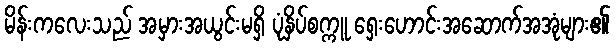
မိန်းကလေးသည် အမှားအယွင်းမရှိ ပုံနှိပ်စက္ကူ ရှေးဟောင်းအဆောက်အအုံများ၏